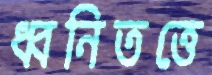
ধ্বনিতত্তে